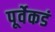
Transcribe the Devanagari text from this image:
पूर्वेकडं